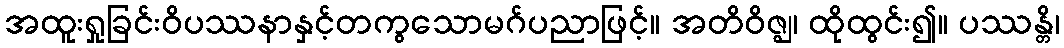
အထူးရှုခြင်းဝိပဿနာနှင့်တကွသောမဂ်ပညာဖြင့်။ အတိဝိဇ္ဈ၊ ထိုထွင်း၍။ ပဿန္တိ၊